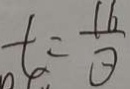
t = \frac { 1 6 } { \theta }